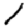
Digit: 1